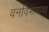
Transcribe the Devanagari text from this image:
वनविभागाचा